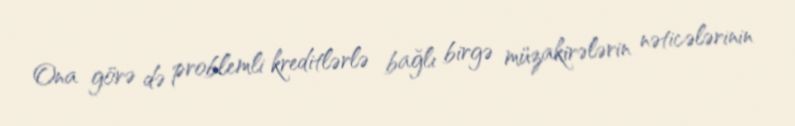
Ona görə də problemli kreditlərlə bağlı birgə müzakirələrin nəticələrinin